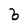
Character: b